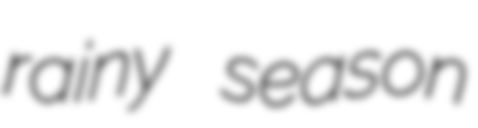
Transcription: rainy season